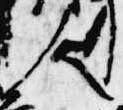
人